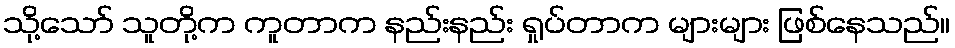
သို့သော် သူတို့က ကူတာက နည်းနည်း ရှုပ်တာက များများ ဖြစ်နေသည်။